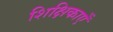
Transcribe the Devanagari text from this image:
शिक्षिकाएँ